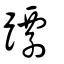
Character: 蹮